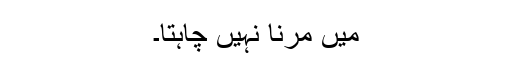
میں مرنا نہیں چاہتا۔